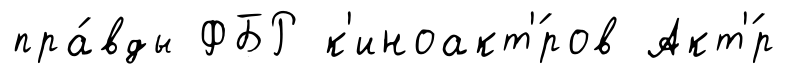
пра́вды ФБР к'иноакт'́ров Акт'́р